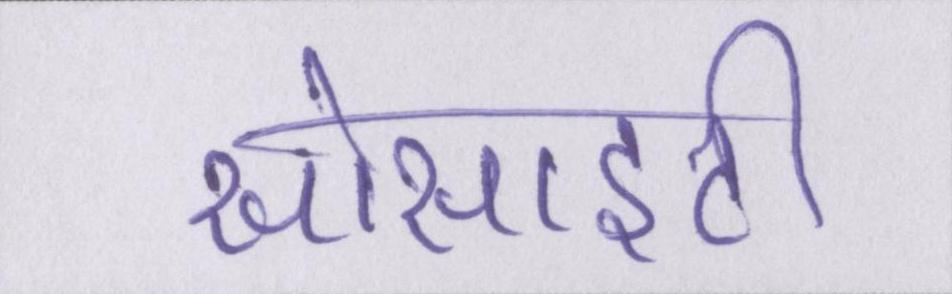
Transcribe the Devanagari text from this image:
सोसाइटी